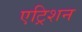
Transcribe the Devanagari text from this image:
एट्रिशन